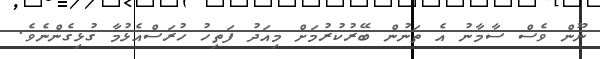
ނޫން ވެސް ސާމާނު އެ ތަނުން ބޭރުކުރުމަށް މިއަދު ފަތިހު ހުރަސްއެޅުމާ ގުޅިގެންނެވެ.